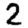
Digit: 2